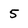
Character: 5